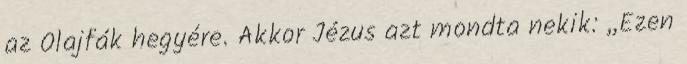
az Olajfák hegyére. Akkor Jézus azt mondta nekik: ,,Ezen